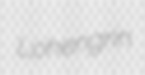
Lohengrin